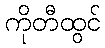
ကိုတီထွင်